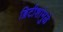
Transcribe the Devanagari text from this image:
ब्रिटीशांमुळे